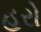
હરો